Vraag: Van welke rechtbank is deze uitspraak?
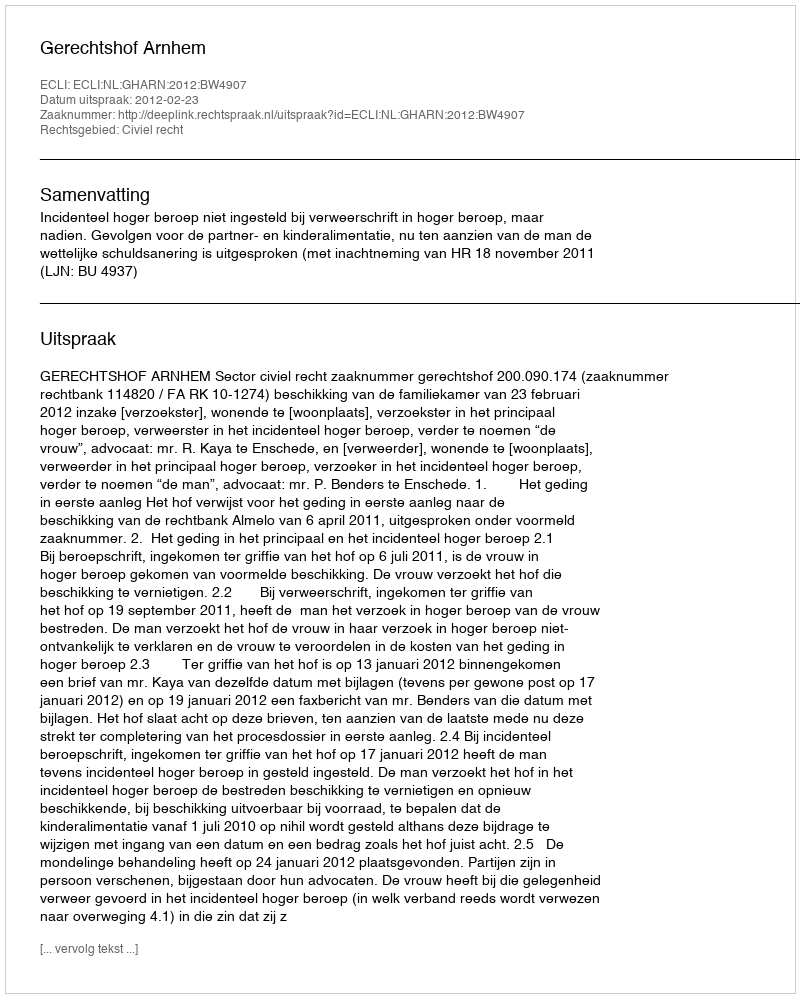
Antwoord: Gerechtshof Arnhem